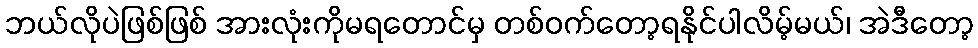
ဘယ်လိုပဲဖြစ်ဖြစ် အားလုံးကိုမရတောင်မှ တစ်ဝက်တော့ရနိုင်ပါလိမ့်မယ်၊ အဲဒီတော့